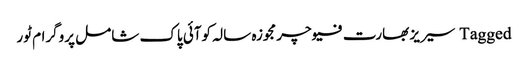
Tagged سیریز بھارت فیوچر مجوزہ سالہ کوآئی پاک شامل پروگرام ٹور